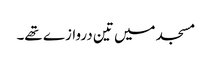
مسجد میں تین دروازے تھے۔